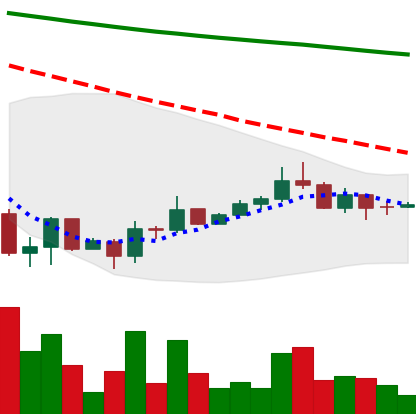
Ticker: DOGE-USD
Chart end date: 2022-07-02
Forward return: 5.882%
Label: up_5_7